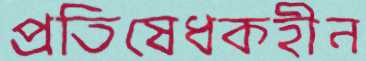
প্রতিষেধকহীন